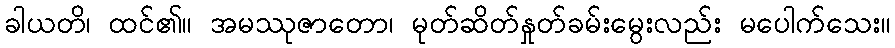
ခါယတိ၊ ထင်၏။ အမဿုဇာတော၊ မုတ်ဆိတ်နှုတ်ခမ်းမွေးလည်း မပေါက်သေး။